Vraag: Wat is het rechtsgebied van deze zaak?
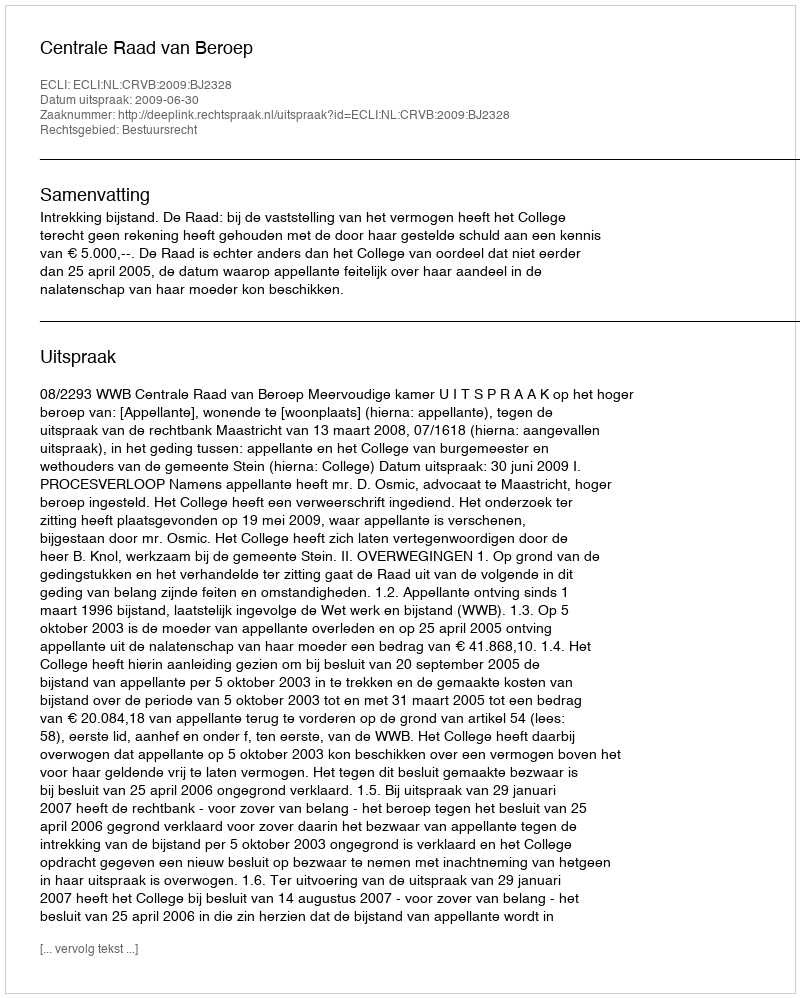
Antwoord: Bestuursrecht